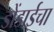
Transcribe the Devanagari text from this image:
डोंडाईचा